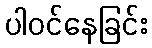
ပါဝင်နေခြင်း